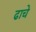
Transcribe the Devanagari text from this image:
ढाचे